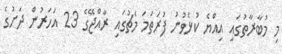
މި މުބާރާތުގައި އިއްޔެ ކުޅެވުނު ފުރަތަމަ މެޗުގައި ރާއްޖޭގެ 23 އަހަރުން ދަށުގެ